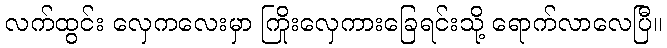
လက်ထွင်း လှေကလေးမှာ ကြိုးလှေကားခြေရင်းသို့ ရောက်လာလေပြီ။